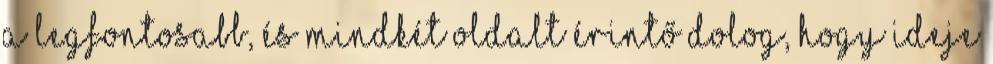
A legfontosabb, és mindkét oldalt érintő dolog, hogy ideje